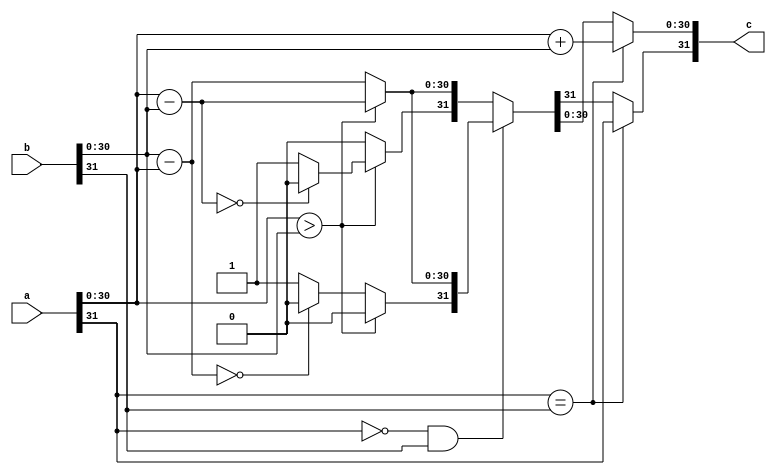
module qadd #(
	//Parameterized values
	parameter Q = 15,
	parameter N = 32
	)
	(
    input [N-1:0] a,
    input [N-1:0] b,
    output [N-1:0] c
    );

reg [N-1:0] res;

assign c = res;

always @(a,b) begin
	// both negative or both positive
	if(a[N-1] == b[N-1]) begin				
		res[N-2:0] = a[N-2:0] + b[N-2:0];	 	
		res[N-1] = a[N-1];				
															
															  
		end												
	//	one of them is negative...
	else if(a[N-1] == 0 && b[N-1] == 1) begin		
		if( a[N-2:0] > b[N-2:0] ) begin					
			res[N-2:0] = a[N-2:0] - b[N-2:0];			
			res[N-1] = 0;										
			end
		else begin												
			res[N-2:0] = b[N-2:0] - a[N-2:0];			
			if (res[N-2:0] == 0)
				res[N-1] = 0;										
			else
				res[N-1] = 1;										
			end
		end
	else begin												
		if( a[N-2:0] > b[N-2:0] ) begin					
			res[N-2:0] = a[N-2:0] - b[N-2:0];			
			if (res[N-2:0] == 0)
				res[N-1] = 0;										
			else
				res[N-1] = 1;										
			end
		else begin												
			res[N-2:0] = b[N-2:0] - a[N-2:0];			
			res[N-1] = 0;										
			end
		end
	end
endmodule